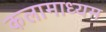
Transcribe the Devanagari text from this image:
कलामाध्यम